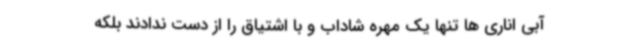
آبی اناری ها تنها یک مهره شاداب و با اشتیاق را از دست ندادند بلکه